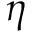
\eta